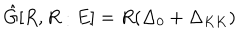
LaTeX: \hat { G } [ R , R : E ] = R ( \Delta _ { 0 } + \Delta _ { K K } )